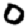
Digit: 0